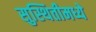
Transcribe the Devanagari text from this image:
सुस्थितीमध्ये